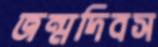
জন্মদিবস